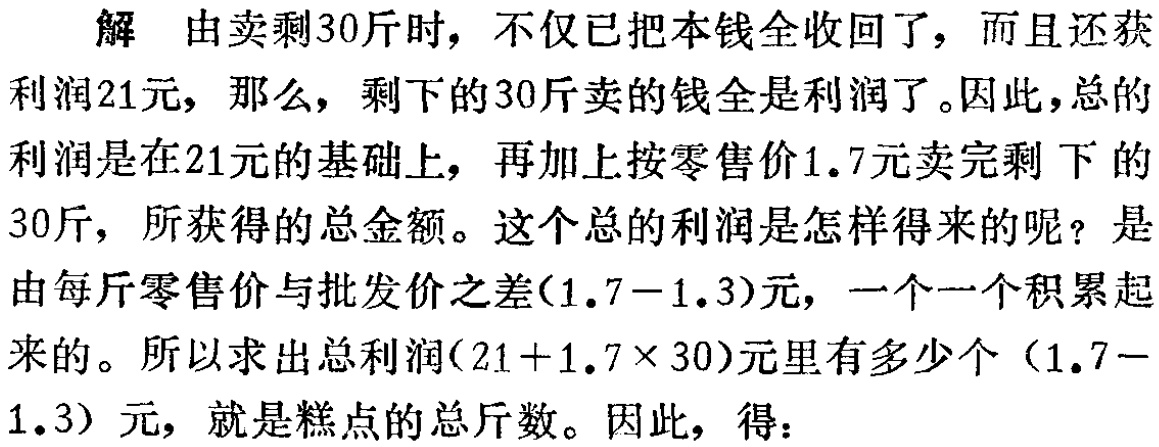
解 由卖剩30斤时，不仅已把本钱全收回了，而且还获
利润21元，那么，剩下的30斤卖的钱全是利润了。因此，总的
利润是在21元的基础上，再加上按零售价1.7元卖完剩下的
30斤，所获得的总金额。这个总的利润是怎样得来的呢？是
由每斤零售价与批发价之差(1.7 - 1.3)元，一个一个积累起
来的。所以求出总利润(21 + 1.7×30)元里有多少个（1.7 -
1.3）元，就是糕点的总斤数。因此，得：